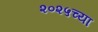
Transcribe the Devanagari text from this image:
२०२५च्या